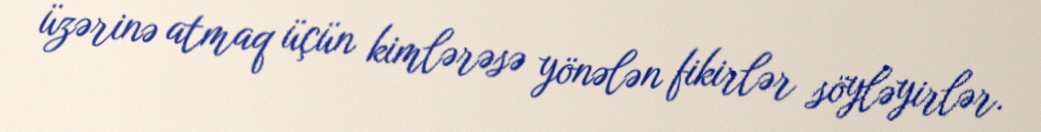
üzərinə atmaq üçün kimlərəsə yönələn fikirlər söyləyirlər.